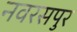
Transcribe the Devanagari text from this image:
नवरसपुर